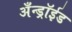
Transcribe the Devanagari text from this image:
अँन्ड्रॉईड